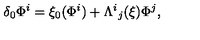
\delta _ { 0 } \Phi ^ { i } = \xi _ { 0 } ( \Phi ^ { i } ) + \Lambda ^ { i } { } _ { j } ( \xi ) \Phi ^ { j } ,